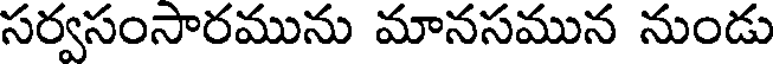
సర్వసంసారమును మానసమున నుండు